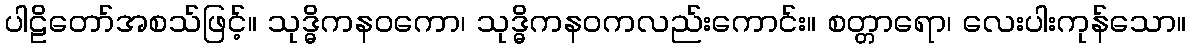
ပါဠိတော်အစသ်ဖြင့်။ သုဒ္ဓိကနဝကော၊ သုဒ္ဓိကနဝကလည်းကောင်း။ စတ္တာရော၊ လေးပါးကုန်သော။